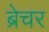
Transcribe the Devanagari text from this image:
ब्रेचर